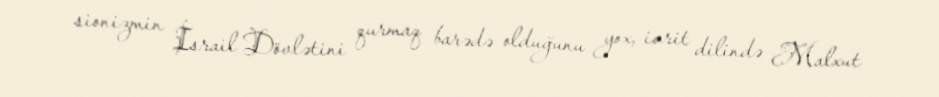
sionizmin İsrail Dövlətini qurmaq barədə olduğunu yox, ivrit dilində Malxut